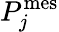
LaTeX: P_{j}^{\mathrm{mes}}